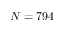
N = 7 9 4